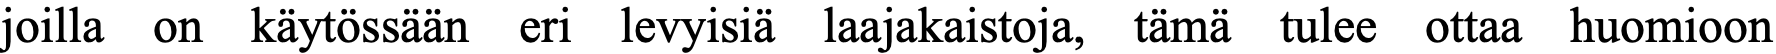
joilla on käytössään eri levyisiä laajakaistoja, tämä tulee ottaa huomioon